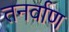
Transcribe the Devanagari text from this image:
तनर्वाण